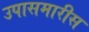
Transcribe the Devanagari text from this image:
उपासमारीस